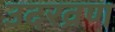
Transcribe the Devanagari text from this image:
उदरव्रण